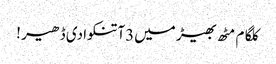
کلگام مٹھ بھیڑ میں3آتنکوادی ڈھیر !